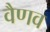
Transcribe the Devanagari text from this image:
वैणव